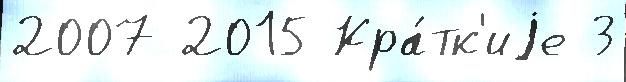
2007 2015 Кра́тк'иjе 3